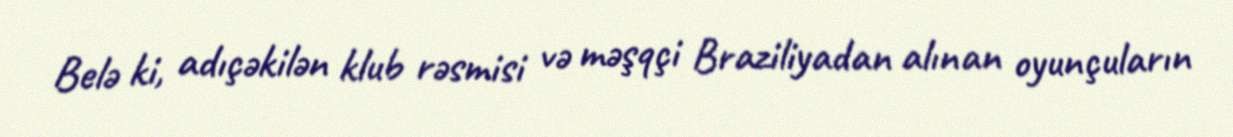
Belə ki, adıçəkilən klub rəsmisi və məşqçi Braziliyadan alınan oyunçuların